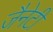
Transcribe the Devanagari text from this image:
जैनेटी